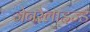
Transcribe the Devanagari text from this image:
जेनरैलाइज्ड